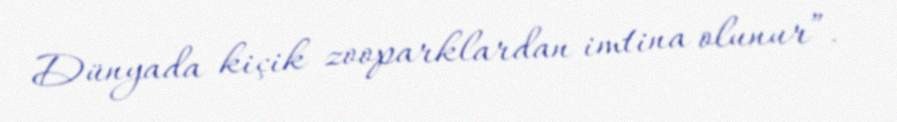
Dünyada kiçik zooparklardan imtina olunur”.